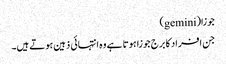
جوزا(gemini)
جن افراد کا برج جوزا ہوتا ہے وہ انتہائی ذہین ہوتے ہیں۔